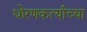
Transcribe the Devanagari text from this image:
धोरणकर्त्याच्या